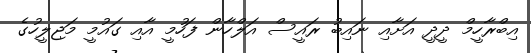
އިބްރާހީމް ދީދީ އަށާއި ނައިބު ރައީސް އަލްހާން ފަހުމީ އާއި ގައުމީ މަޖިލީހުގެ